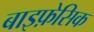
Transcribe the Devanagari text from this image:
बाइफ़ेसिक